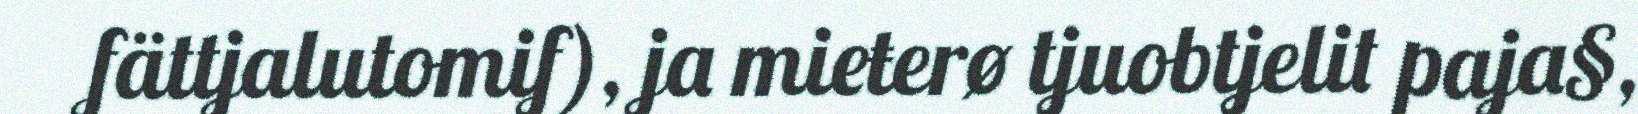
fättjalutomif), ja mieŧerø tjuobtjelit paja§,